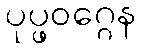
ပုပ္ဖဝဂ္ဂေန